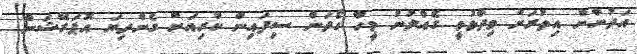
އަދުނާން އިތުރަށް ވިދާޅުވީ ގެއްލުނު މީހާ ހޯދަން ސިފައިން ކުރިއަށް ގެންދިޔަ އޮޕަރޭޝަން